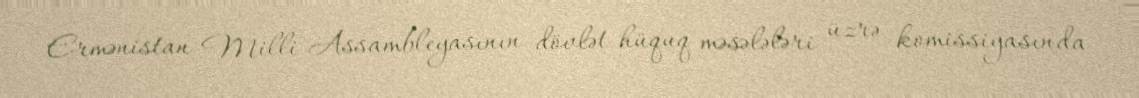
Ermənistan Milli Assambleyasının dövlət-hüquq məsələləri üzrə komissiyasında